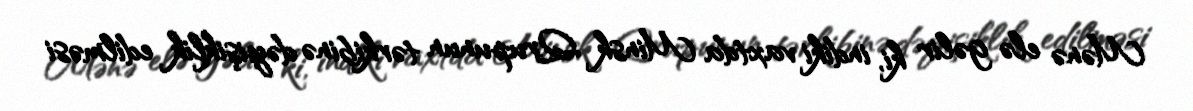
Mənə elə gəlir ki, indiki vaxtda Minsk Qrupunun tərkibinə dəyişiklik edilməsi